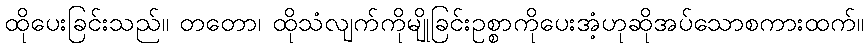
ထိုပေးခြင်းသည်။ တတော၊ ထိုသံလျက်ကိုမျိုခြင်းဥစ္စာကိုပေးအံ့ဟုဆိုအပ်သောစကားထက်။